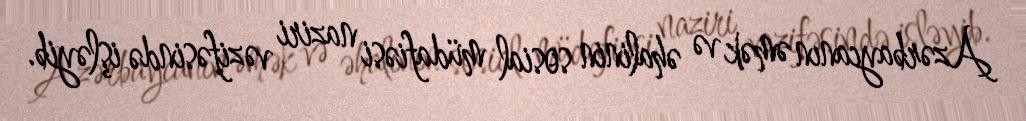
Azərbaycanın əmək və əhalinin sosial müdafiəsi naziri vəzifəsində işləyib.